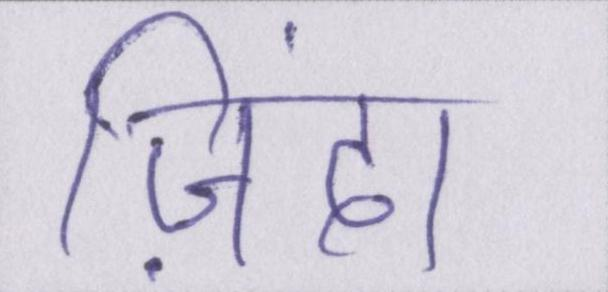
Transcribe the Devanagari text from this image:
ज़िंदा